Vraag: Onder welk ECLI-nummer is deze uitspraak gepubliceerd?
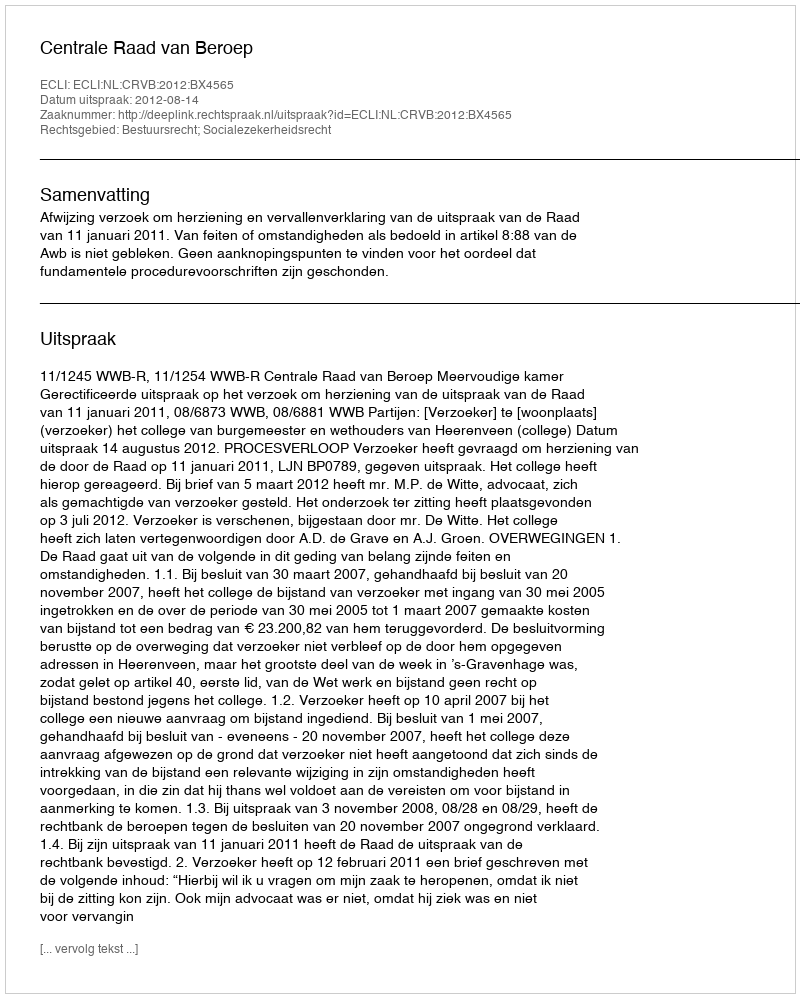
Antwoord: ECLI:NL:CRVB:2012:BX4565